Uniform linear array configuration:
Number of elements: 32
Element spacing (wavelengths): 0.5
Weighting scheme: binomial
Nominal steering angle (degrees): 30
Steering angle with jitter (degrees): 30.959
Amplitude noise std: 0.05
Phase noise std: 0.05

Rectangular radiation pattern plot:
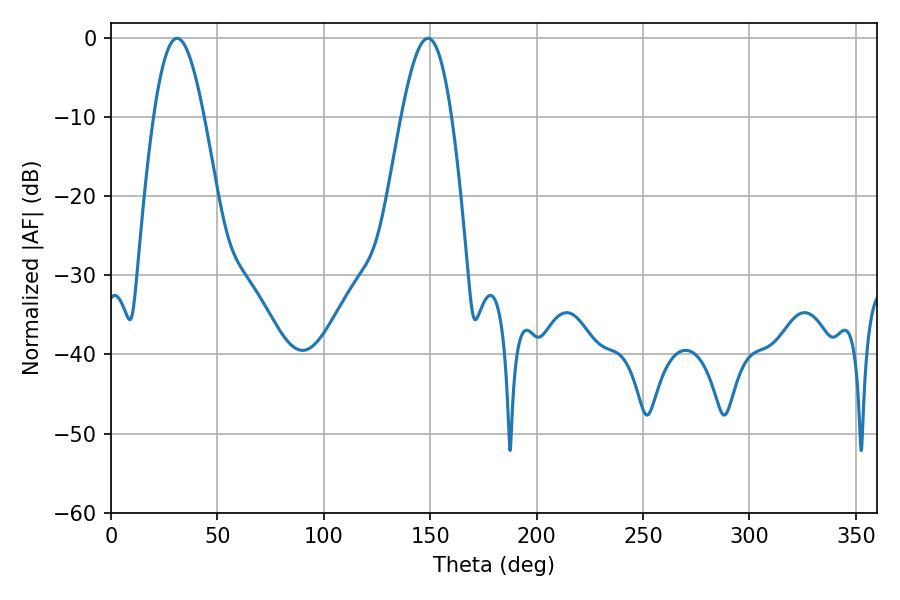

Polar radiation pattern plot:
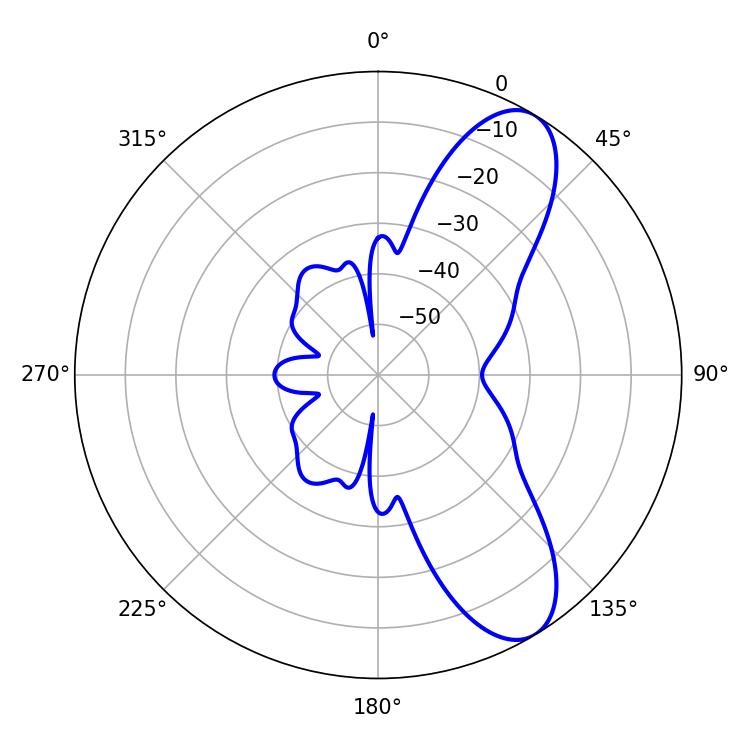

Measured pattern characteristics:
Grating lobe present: FALSE
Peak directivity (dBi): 8.975
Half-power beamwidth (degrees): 12.78
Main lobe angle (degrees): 31.14